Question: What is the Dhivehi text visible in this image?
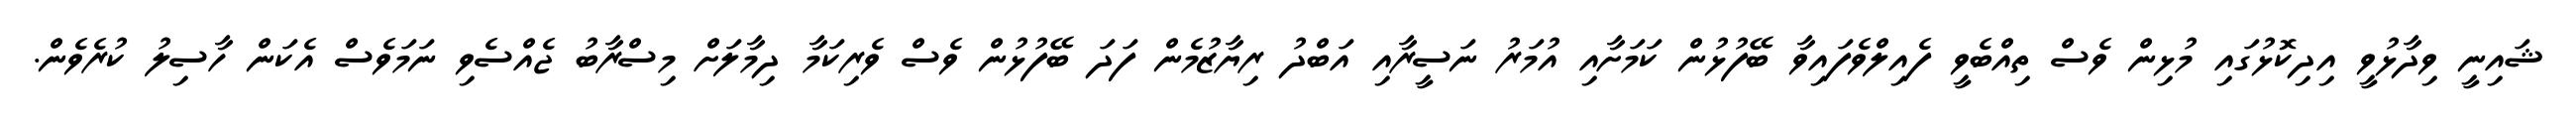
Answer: ޝައިނީ ވިދާޅުވީ އިދިކޮޅުގައި މުޅިން ވެސް ތިއްބެވީ ފެއިލްވެފައިވާ ބޭފުޅުން ކަމަށާއި އުމަރު ނަސީރާއި އަބްދު ރިޔާޒުމެން ފަދަ ބޭފުޅުން ވެސް ވެރިކަމާ ދިމާލަށް މިސްރާބު ޖެއްސެވި ނަމަވެސް އެކަން ހާސިލު ކުރެވެން.